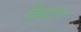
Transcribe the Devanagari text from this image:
क्रिग्रा०